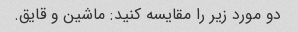
دو مورد زیر را مقایسه کنید: ماشین و قایق.